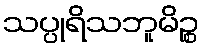
သပ္ပုရိသဘူမိဉ္စ